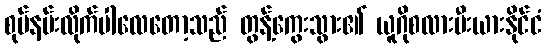
စုပ်နမ်းလိုက်ပါလေတော့သည် တွန့်ကွေးသွား၏ ယူဂိုစလားဗီးယားနိုင်ငံ